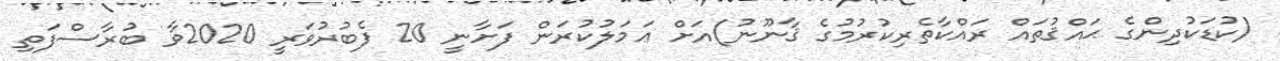
(ކުޑަކުދިންގެ ޙައްޤުތައް ރައްކާތެރިކުރުމުގެ ޤާނޫނު)އަށް ޢަމަލުކުރަން ފަށާނީ 20 ފެބުރުވަރީ 2020ވާ ބުރާސްފަތި